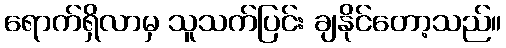
ရောက်ရှိလာမှ သူသက်ပြင်း ချနိုင်တော့သည်။